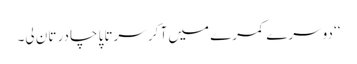
‘‘ دوسرے کمرے میں آ کر سرتاپا چادر تان لی۔